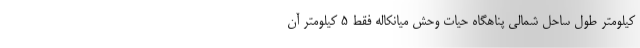
کیلومتر طول ساحل شمالی پناهگاه حیات وحش میانکاله فقط ۵ کیلومتر آن